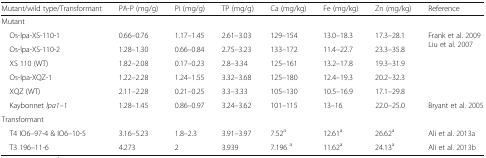
<table><thead><tr><td><b>Mutant/wild type/Transformant</b></td><td><b>PA-P (mg/g)</b></td><td><b>Pi (mg/g)</b></td><td><b>TP (mg/g)</b></td><td><b>Ca (mg/kg)</b></td><td><b>Fe (mg/kg)</b></td><td><b>Zn (mg/kg)</b></td><td><b>Reference</b></td></tr></thead><tbody><tr><td colspan="8">Mutant</td></tr><tr><td> Os-lpa-XS-110-1</td><td>0.66–0.76</td><td>1.17–1.45</td><td>2.61–3.03</td><td>129–154</td><td>13.0–18.3</td><td>17.3–28.1</td><td rowspan="5">Frank et al. 2009Liu et al. 2007</td></tr><tr><td> Os-lpa-XS-110-2</td><td>1.28–1.30</td><td>0.66–0.84</td><td>2.75–3.23</td><td>133–172</td><td>11.4–22.7</td><td>23.3–35.8</td></tr><tr><td> XS 110 (WT)</td><td>1.82–2.08</td><td>0.17–0.23</td><td>2.8–3.34</td><td>125–161</td><td>13.2–17.8</td><td>19.3–31.9</td></tr><tr><td> Os-lpa-XQZ-1</td><td>1.22–2.28</td><td>1.24–1.55</td><td>3.32–3.68</td><td>125–180</td><td>12.4–19.3</td><td>20.2–32.3</td></tr><tr><td> XQZ (WT)</td><td>2.11–2.28</td><td>0.21–0.25</td><td>3.3–3.33</td><td>105–130</td><td>10.5–16.9</td><td>17.1–29.8</td></tr><tr><td> Kaybonnet <i>lpa1–1</i></td><td>1.28–1.45</td><td>0.86–0.97</td><td>3.24–3.62</td><td>101–115</td><td>13–16</td><td>22.0–25.0</td><td>Bryant et al. 2005</td></tr><tr><td colspan="8">Transformant</td></tr><tr><td> T4 IO6–97-4 &amp; IO6–10-5</td><td>3.16–5.23</td><td>1.8–2.3</td><td>3.91–3.97</td><td>7.52<sup>a</sup></td><td>12.61<sup>a</sup></td><td>26.62<sup>a</sup></td><td>Ali et al. 2013a</td></tr><tr><td> T3 196–11-6</td><td>4.273</td><td>2</td><td>3.939</td><td>7.196 <sup>a</sup></td><td>11.62<sup>a</sup></td><td>24.13<sup>a</sup></td><td>Ali et al. 2013b</td></tr></tbody></table>